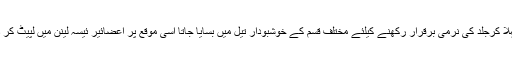
پھر دریائے نیل کے پانی سے نہلا کرجلد کی نرمی برقرار رکھنے کیلئے مختلف قسم کے خوشبودار تیل میں بسایا جاتا اسی موقع پر اعضائیر ئیسہ لینن میں لپیٹ کر دوبارہ جسم میں رکھ دیے جاتے۔